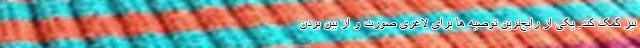
نیز کمک کند. یکی از رایج‌ترین توصیه ها برای لاغری صورت و از بین بردن